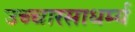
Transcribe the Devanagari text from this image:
उच्चारसाधर्म्य